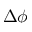
\Delta \phi